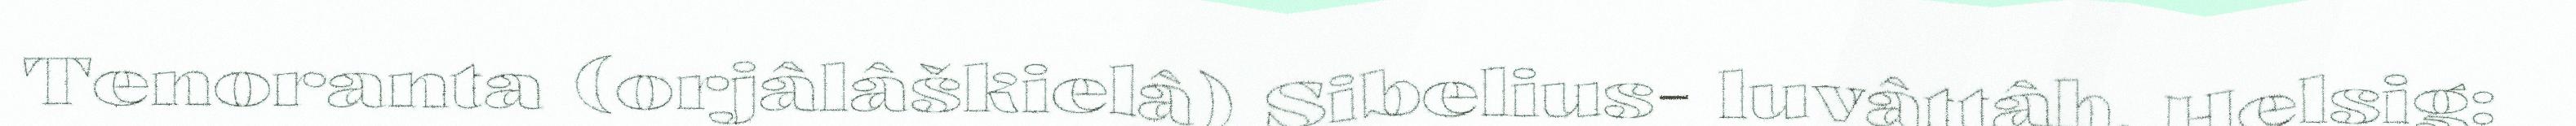
Tenoranta (orjâlâškielâ) Sibelius- luvâttâh, Helsig: